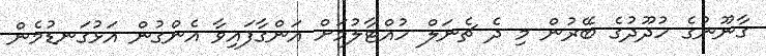
ގާނޫނުގެ ހުދޫދުގެ ބޭރުން މި ދެ ޗެނަލް ހުއްޓާލުމަށް އަންގާފައިވާ އެންގުން އަޅުގަނޑުމެން